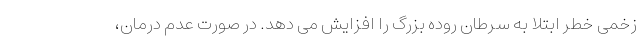
زخمی خطر ابتلا به سرطان روده بزرگ را افزایش می دهد. در صورت عدم درمان،